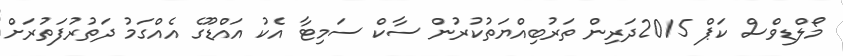
މޯލްޑިވްސް ކަޕް 2015ދަރިން ތަރުބިއްޔަތުކުރުން ސާކް ސަމިޓާ އެކު އައްޑޫގެ އެއްގަމު ދަތުރުފަތުރަށް